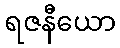
ရဇနီယော